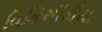
વિકિમીડીયા